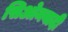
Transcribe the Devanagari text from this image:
सिओनवादी